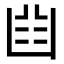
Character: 𠚒